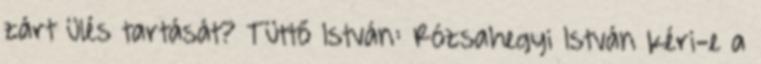
zárt ülés tartását? Tüttő István: Rózsahegyi István kéri-e a